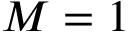
M = 1